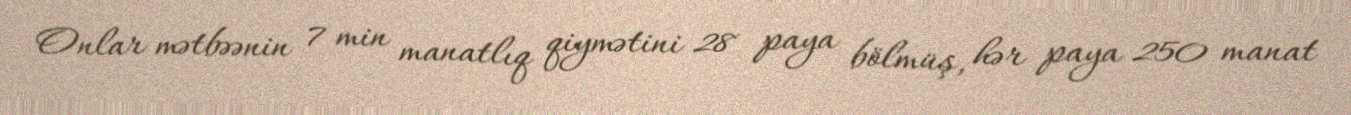
Onlar mətbəənin 7 min manatlıq qiymətini 28 paya bölmüş, hər paya 250 manat